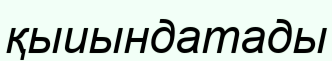
қыиындатады